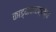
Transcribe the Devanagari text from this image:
काड्याकाटक्यांच्या